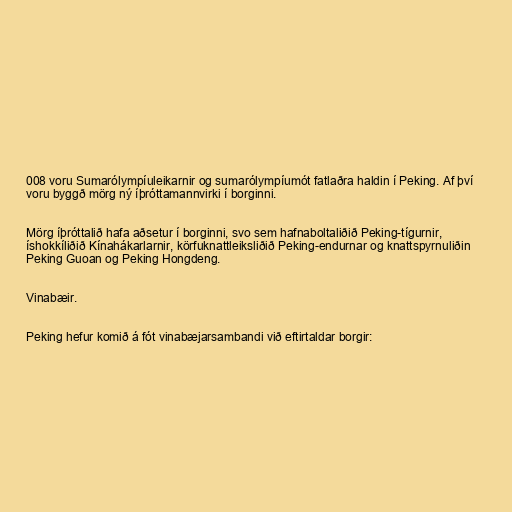
008 voru Sumarólympíuleikarnir og sumarólympíumót fatlaðra haldin í Peking. Af því
voru byggð mörg ný íþróttamannvirki í borginni.

Mörg íþróttalið hafa aðsetur í borginni, svo sem hafnaboltaliðið Peking-tígurnir,
íshokkíliðið Kínahákarlarnir, körfuknattleiksliðið Peking-endurnar og knattspyrnuliðin
Peking Guoan og Peking Hongdeng.

Vinabæir.

Peking hefur komið á fót vinabæjarsambandi við eftirtaldar borgir: